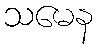
သမေန